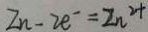
Z n - 2 e ^ { - } = z n ^ { 2 + }